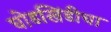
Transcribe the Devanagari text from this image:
घोडखिंडीचा